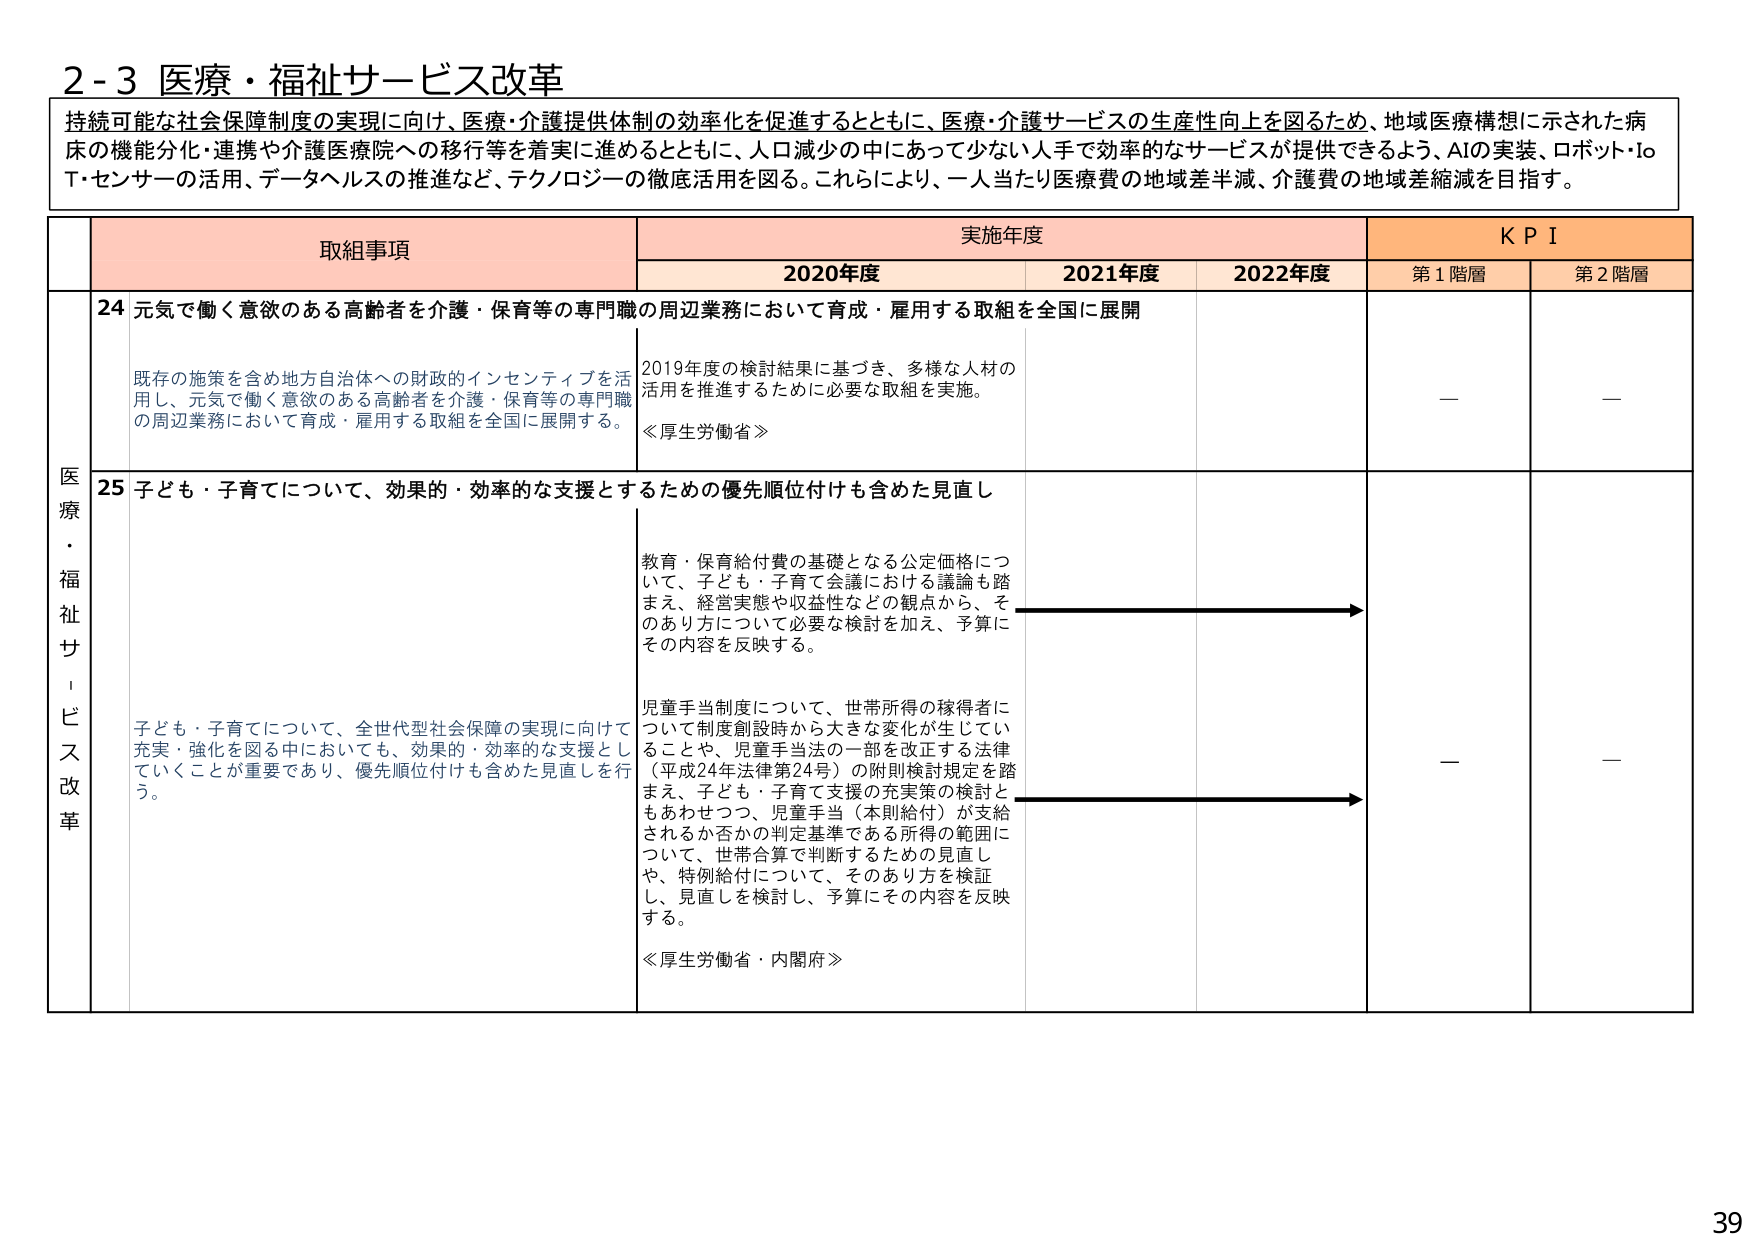
2-3 医療・福祉サービス改革

持続可能な社会保障制度の実現に向け、医療・介護提供体制の効率化を促進するとともに、医療・介護サービスの生産性向上を図るため、地域医療構想に示された病床の機能分化・連携や介護医療院への移行等を着実に進めるとともに、人口減少の中であって少ない人手で効率的なサービスが提供できるよう、AIの実装、ロボット・IoT・センサーの活用、データヘルスの推進など、テクノロジーの徹底活用を図る。これにより、一人当たり医療費の地域差半減、介護費の地域差縮減を目指す。

取組事項 実施年度 KPI
2020年度 2021年度 2022年度 第1階層 第2階層

医療・福祉サービス改革

24 元気で働く意欲のある高齢者を介護・保育等の専門職の周辺業務において育成・雇用する取組を全国に展開

既存の施策を含め地方自治体への財政的インセンティブを活用し、元気で働く意欲のある高齢者を介護・保育等の専門職の周辺業務において育成・雇用する取組を全国に展開する。

2019年度の検討結果に基づき、多様な人材の活用を推進するために必要な取組を実施。
≪厚生労働省≫

—

—

25 子ども・子育てについて、効果的・効率的な支援とするための優先順位付けも含めた見直し

子ども・子育てについて、全世代型社会保障の実現に向けて充実・強化を図る中においても、効果的・効率的な支援としていくことが重要であり、優先順位付けも含めた見直しを行う。

教育・保育給付費の基礎となる公定価格について、子ども・子育て会議における議論も踏まえ、経営実態や収益性などの観点から、そのあり方について必要な検討を加え、予算にその内容を反映する。

児童手当制度について、世帯所得の稼得者について制度創設時から大きな変化が生じていることや、児童手当法の一部を改正する法律（平成24年法律第24号）の附則検討規定を踏まえ、子ども・子育て支援の充実策の検討ともあわせつつ、児童手当（本則給付）が支給されるか否かの判定基準である所得の範囲について、世帯合算で判断するための見直しや、特例給付について、そのあり方を検証し、見直しを検討し、予算にその内容を反映する。
≪厚生労働省・内閣府≫

—

—

39